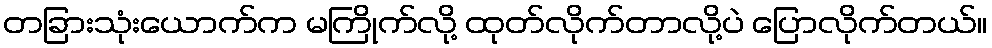
တခြားသုံးယောက်က မကြိုက်လို့ ထုတ်လိုက်တာလို့ပဲ ပြောလိုက်တယ်။